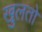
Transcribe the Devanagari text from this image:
खुलतो